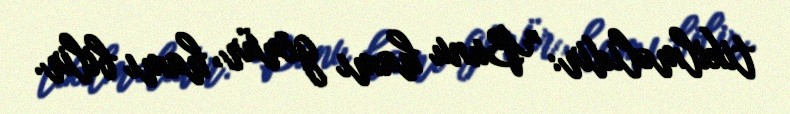
tikilməlidir: "Bunu hamı görür, hamı bilir.